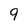
Character: 9